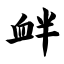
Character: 衅